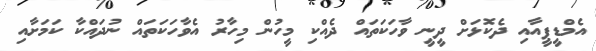
އެމްޑީޕީއާއި ދެކޮޅަށް ދީނީ ވާހަކަތައް ދެއްކި މީހުން މިހާރު އެވާހަކަތައް ނުދައްކާ ކަމަށާއި